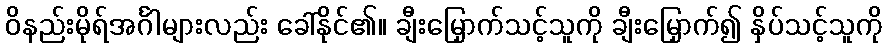
ဝိနည်းမိုရ်အင်္ဂါများလည်း ခေါ်နိုင်၏။ ချီးမြှောက်သင့်သူကို ချီးမြှောက်၍ နှိပ်သင့်သူကို